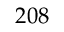
2 0 8